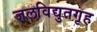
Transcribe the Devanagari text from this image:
जलविद्युतगृह